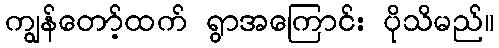
ကျွန်တော့်ထက် ရွာအကြောင်း ပိုသိမည်။